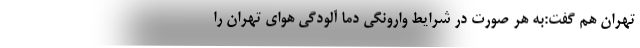
تهران هم گفت:به هر صورت در شرایط وارونگی دما آلودگی هوای تهران را